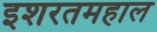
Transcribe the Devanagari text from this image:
इशरतमहाल